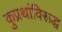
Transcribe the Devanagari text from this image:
कुप्रथांविरूद्ध